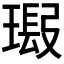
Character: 𱯣